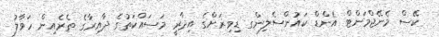
ކޭސް މެނޭޖްމަންޓް އެންޑް ކައުންސެލިންގ ޑިވިޜަށްގެ އިދާރީ މަސައްކަތުގެ ދާއިރާގެ ތެރެއިން ހަވާލު